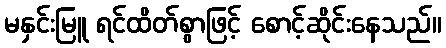
မနှင်းမြူ ရင်ထိတ်စွာဖြင့် စောင့်ဆိုင်းနေသည်။